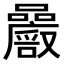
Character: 𡅝